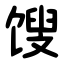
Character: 馊